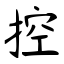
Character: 控